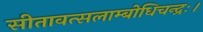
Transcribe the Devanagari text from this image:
सीतावत्सलाम्बोधिचन्द्रः।